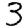
Digit: 3